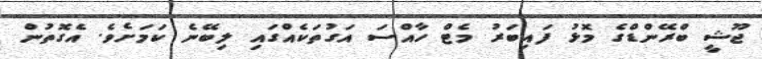
ޖޫޝީ ބްރޭންޑްގެ މޮޅު ފައިބަރު މެޓް ހާއްސަ އަގުތަކެއްގައި ލިބޭނެ ކަމަށެވެ. އެގޮތުން